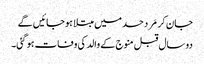
جان کر مَرد حسد میں مبتلا ہوجائیں گے
دو سال قبل منوج کے والد کی وفات ہو گئی۔